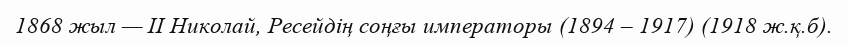
1868 жыл — II Николай, Ресейдің соңғы императоры (1894 – 1917) (1918 ж.қ.б).